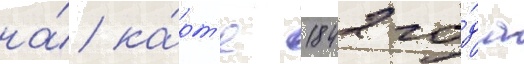
на́ ка́рт'е 1842 го́да